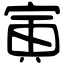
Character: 寅